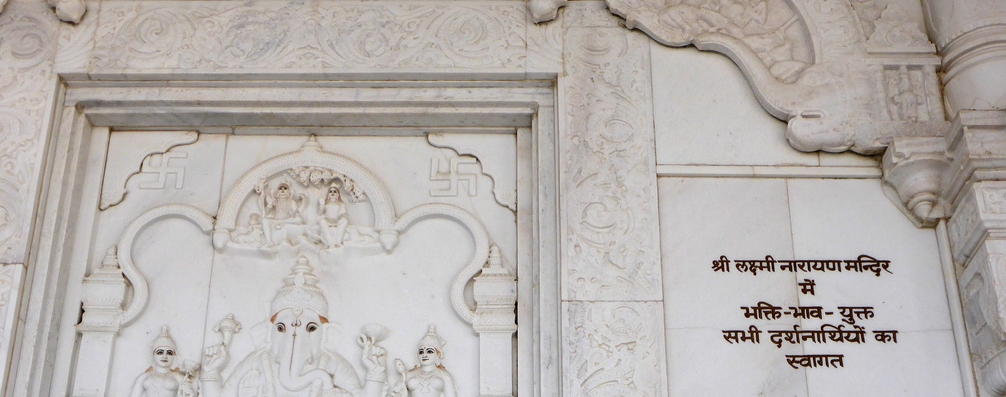
Language: hindi
Transcription: भाव- श्री लक्ष्मी नारायण सभी का स्वागत युक्त दर्शनार्थियों मन्दिर में भक्ति